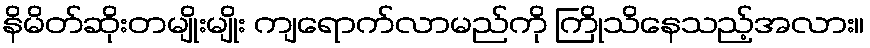
နိမိတ်ဆိုးတမျိုးမျိုး ကျရောက်လာမည်ကို ကြိုသိနေသည့်အလား။